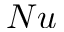
N u